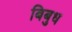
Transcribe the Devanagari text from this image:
बिबुध